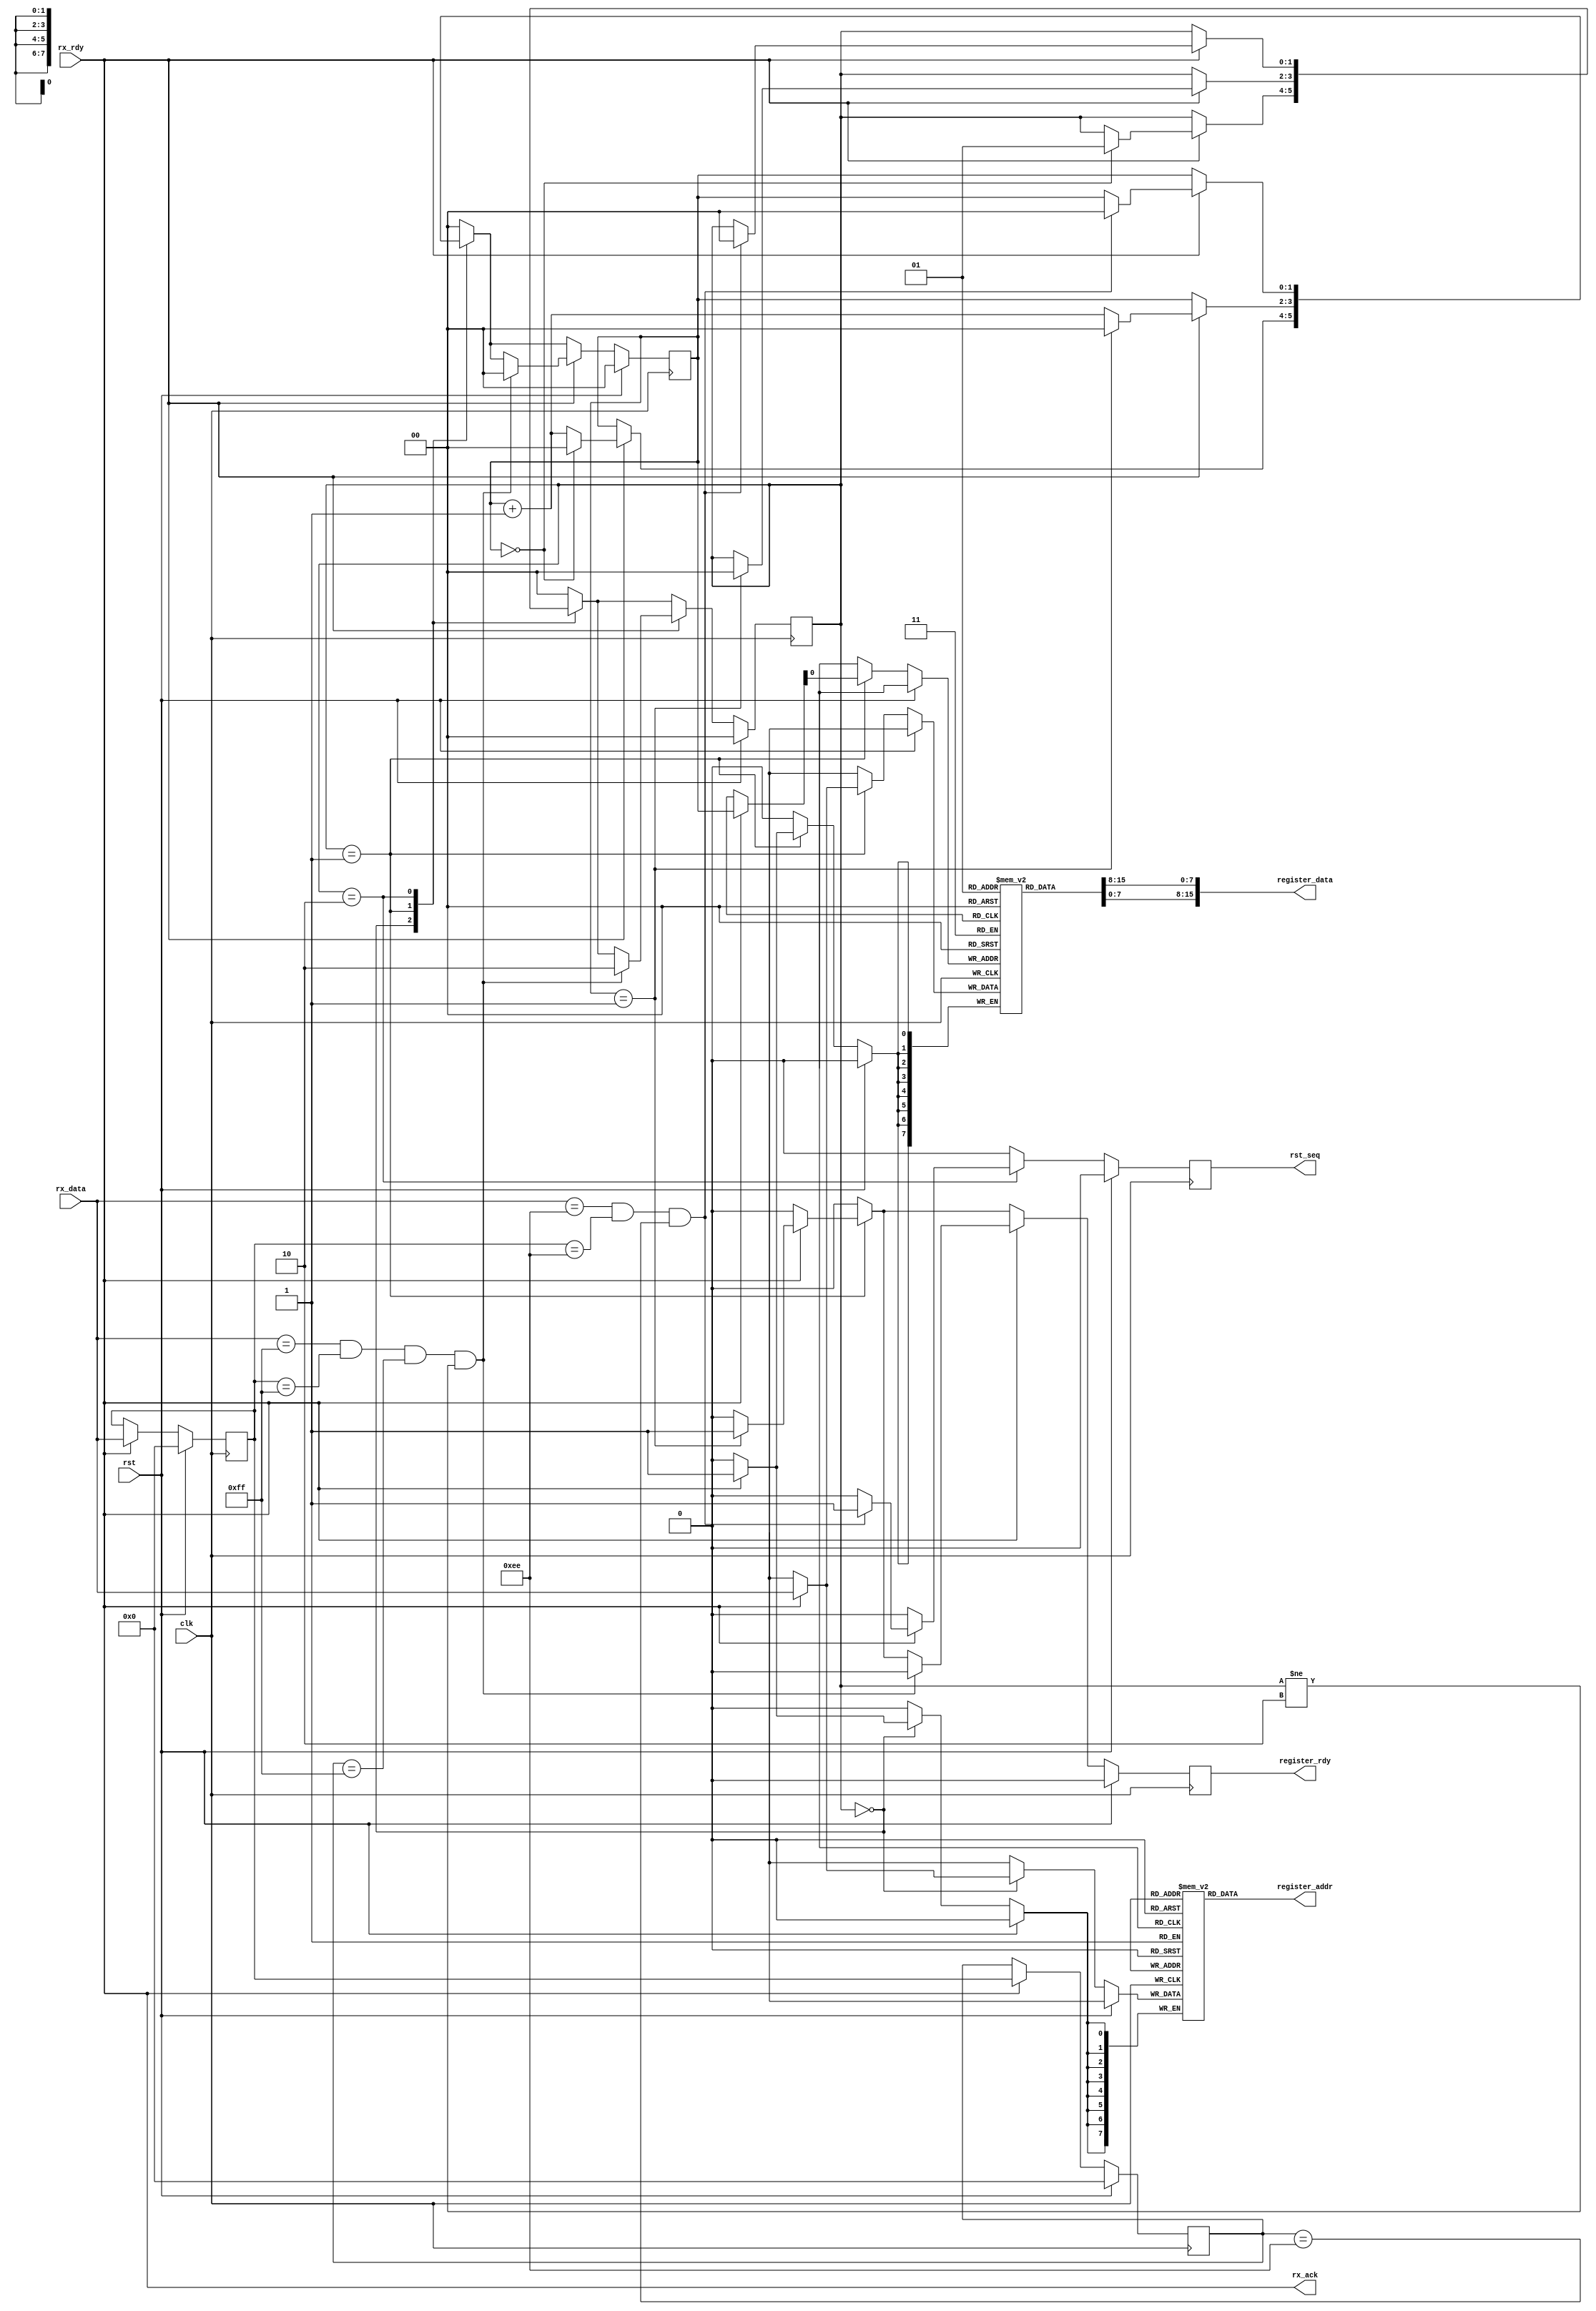
/*

    Authors:
                AD      Andres Demski
                AK      Ariel Kukulanski
                IP      Ivan Paunovic
                NC      Nahuel Carducci

    Version:
                Date            Number          Name            Modified by     Comment
                2017/07/23      0.1             regsBegin       IP              First approach

    ToDo:
                Date            Suggested by    Priority    Activity                Description

    Releases:   In development ...
*/

`timescale 1ns/1ps

module configuration_registers_rx #(
    parameter RX_DATA_WIDTH = 8,        // FIFO data width
    parameter REG_ADDR_WIDTH = 8,
    parameter REG_DATA_WIDTH = 16
) (

    // Basic
    input clk,                                      // fpga clock
    input rst,                                      // synch reset

    // Simple interface rx data
    input [RX_DATA_WIDTH-1:0] rx_data,              // data
    input rx_rdy,                                   // ready
    output rx_ack,                                  // acknowledgment

    // Simple interface register data
    output [REG_DATA_WIDTH-1:0] register_data,      // data
    output [REG_ADDR_WIDTH-1:0] register_addr,      // ready
    output reg register_rdy,                         // ready

    output reg rst_seq
);

    // Register data is formed by REG_DATA_PACKETS number of  FIFO data
    localparam REG_DATA_PACKETS = REG_DATA_WIDTH / RX_DATA_WIDTH;
    // Register width is formed by REG_DATA_PACKETS number of  FIFO data
    localparam REG_ADDR_PACKETS = REG_ADDR_WIDTH / RX_DATA_WIDTH;
    //
    // // Local parameters
    // local parameter REG_ADDR_WIDTH = REG_ADDR_PACKETS * RX_DATA_WIDTH ;
    // local parameter REG_DATA_WIDTH = REG_DATA_PACKETS * RX_DATA_WIDTH ;

    // Data and address divided by packets. This is easier to read.
    reg [RX_DATA_WIDTH-1:0] register_data_pck [REG_DATA_PACKETS-1:0];
    reg [RX_DATA_WIDTH-1:0] register_addr_pck [REG_ADDR_PACKETS-1:0];

    // Packet counter
    reg [$clog2(REG_ADDR_PACKETS+REG_DATA_PACKETS)-1:0 ] count;

    // States local parameters
    localparam ST_RECEIVING_ADDR = 0;
    localparam ST_RECEIVING_DATA = 1;
    localparam ST_RESET          = 2;

    // State register
    reg [1:0] state;

    // Flattened the arrays of packets in the data bits (this is why register_data and register_addr are wires)
    genvar i;
    generate
        for( i=0; i<REG_DATA_PACKETS; i=i+1 ) assign register_data[(i+1)*RX_DATA_WIDTH-1:i*RX_DATA_WIDTH] = register_data_pck[i];
        for( i=0; i<REG_ADDR_PACKETS; i=i+1 ) assign register_addr[ ((i+1)*RX_DATA_WIDTH-1): i*RX_DATA_WIDTH ] = register_addr_pck[i];
    endgenerate

    // Asynch assigment of rx_ack; equal rx_rdy except we are waiting to be acknowledged
    assign rx_ack = rx_rdy;

    // Reset Sequence Detector
    localparam BUFFER_SIZE = 3;//((REG_ADDR_WIDTH + REG_DATA_WIDTH) / RX_DATA_WIDTH);

    reg [RX_DATA_WIDTH-1:0] buffer [0:BUFFER_SIZE-1];

    always @(posedge(clk)) begin

        register_rdy    <= 1'b0;
        rst_seq         <= 1'b0;

        if ( rst == 1'b1 ) begin
            count <= 0;
            buffer[0] <= 8'h00;
            buffer[1] <= 8'h00;
            buffer[2] <= 8'h00;
            state <= ST_RECEIVING_ADDR;
        end else begin

            case (state)

                ST_RECEIVING_ADDR:
                begin
                    if ( rx_rdy == 1'b1 ) begin
                        register_addr_pck[count] <= rx_data;
                        if( count == REG_ADDR_PACKETS-1 ) begin
                            count <= 0;
                            state <= ST_RECEIVING_DATA;
                        end else begin
                            count <= count + 1;
                        end
                    end
                end

                ST_RECEIVING_DATA:
                begin
                    if ( rx_rdy == 1'b1 ) begin
                        register_data_pck[count] <= rx_data;
                        if( count == REG_DATA_PACKETS-1 ) begin
                            register_rdy <= 1;
                            count <= 0;
                            state <= ST_RECEIVING_ADDR;
                        end else begin
                            count <= count + 1;
                        end
                    end
                end

                ST_RESET:
                begin
                    if(rx_rdy==1'b1) begin
                        if( rx_data == 8'hEE && buffer[0] == 8'hEE && buffer[1] == 8'hEE ) begin
                            count           <= 0;
                            register_rdy    <= 0;
                            rst_seq         <= 1'b1;
                            state           <= ST_RECEIVING_ADDR;
                        end
                    end
                end

                default:
                begin
                    count           <= 0;
                    register_rdy    <= 0;
                    state           <= ST_RECEIVING_ADDR;
                end

            endcase

            if(rx_rdy==1'b1) begin
                // usar generate!
                buffer[0] <= rx_data;
                buffer[1] <= buffer[0];
                //buffer[2] <= buffer[1];
                if( rx_data == 8'hFF && buffer[0] == 8'hFF && buffer[1] == 8'hFF && state != ST_RESET ) begin
                    count           <= 0;
                    register_rdy    <= 0;
                    state           <= ST_RESET;
                end
            end

        end
    end

    // If the reset sequence (0xFFFFFF) is detected, the device will remain in
    // a reset state until a wake up sequence (0xFEFEFE).
    /*
    if(buffer[0] == 8'hFF && buffer[1] == 8'hFF && buffer[2] == 8'hFF) begin
        count           <= 0;
        register_rdy    <= 0;
        state           <= ST_RESET;
    end else if(buffer[0] == 8'hEE && buffer[1] == 8'hEE && buffer[2] == 8'hEE) begin
        count           <= 0;
        register_rdy    <= 0;
        state           <= ST_RECEIVING_ADDR;
    end*/

    `ifdef COCOTB_SIM           // COCOTB macro
        initial begin
            $dumpfile ("waveform.vcd");
            $dumpvars (0,configuration_registers_rx);
            #1;
        end
    `endif

endmodule